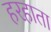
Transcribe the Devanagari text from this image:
हरहाता